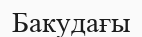
Бакудағы